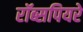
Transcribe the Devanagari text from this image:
रॉब्सपियरे